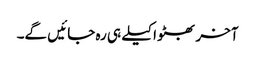
آخر بھٹو اکیلے ہی رہ جائیں گے۔